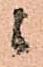
ニ